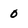
Character: 0